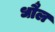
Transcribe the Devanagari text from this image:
धौल